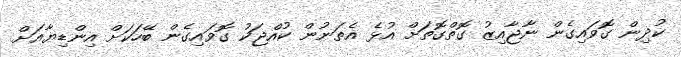
ކުދިން ގޮވައިގެން ނާޖާއިޒު ގޮތްގޮތަށް އުޅެ އެތަނުން ކުއްޖަކު ގޮވައިގެން ބޭހަކަށް އިންޑިޔާއަށް